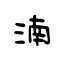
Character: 湳